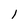
Character: 1